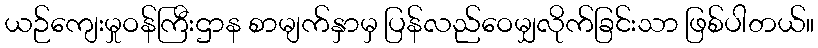
ယဉ်ကျေးမှုဝန်ကြီးဌာန စာမျက်နှာမှ ပြန်လည်ဝေမျှလိုက်ခြင်းသာ ဖြစ်ပါတယ်။